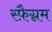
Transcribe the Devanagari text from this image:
स्फ़ैग्नम